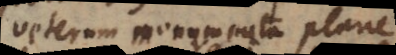
veterum monumenta plane